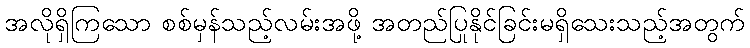
အလိုရှိကြသော စစ်မှန်သည့်လမ်းအဖို့ အတည်ပြုနိုင်ခြင်းမရှိသေးသည့်အတွက်